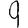
Digit: 9